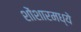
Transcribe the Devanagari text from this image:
शोंशारमध्ये